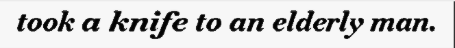
took a knife to an elderly man.